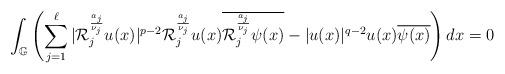
LaTeX: \begin{align*}\int_{\mathbb{G}}\left(\sum_{j=1}^{\ell}|\mathcal{R}_{j}^{\frac{a_{j}}{\nu_{j}}}u(x)|^{p-2}\mathcal{R}_{j}^{\frac{a_{j}}{\nu_{j}}}u(x)\overline{\mathcal{R}_{j}^{\frac{a_{j}}{\nu_{j}}}\psi(x)}-|u(x)|^{q-2}u(x)\overline{\psi(x)}\right)dx=0\end{align*}